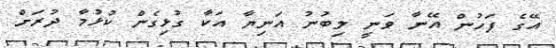
އޭގެ ފަހުން އޭނާ ވަނީ ލިބުނު އަނިޔާ އަކާ ގުޅިގެން ކުޅުމާ ދުރަށް